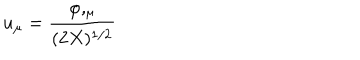
LaTeX: u _ { \mu } = { \frac { \varphi , _ { \mu } } { ( 2 X ) ^ { 1 / 2 } } }